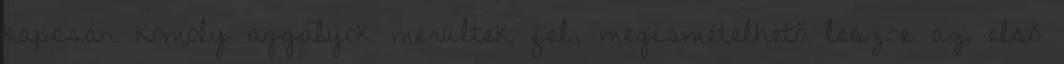
kapcsán komoly aggályok merültek fel, megismételhető lesz-e az első